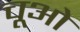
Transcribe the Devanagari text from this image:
चूओ